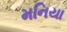
મનિયા